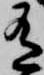
有